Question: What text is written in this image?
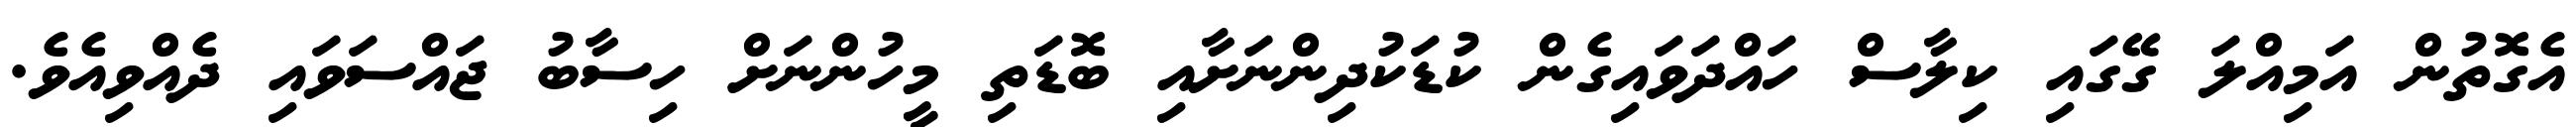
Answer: އެގޮތުން އަމިއްލަ ގޭގައި ކިލާސް ހައްދަވައިގެން ކުޑަކުދިންނަށާއި ބޮޑަތި މީހުންނަށް ހިސާބު ޖައްސަވައި ދެއްވިއެވެ.